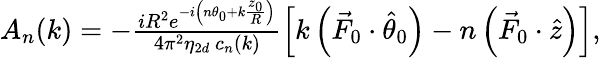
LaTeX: \begin{array}{r}{A_{n}(k)=-\frac{iR^{2}e^{-i\left(n\theta_{0}+k\frac{z_{0}}{R}\right)}}{4\pi^{2}\eta_{2d}~c_{n}(k)}\left[k\left(\vec{F}_{0}\cdot\hat{\theta}_{0}\right)-n\left(\vec{F}_{0}\cdot\hat{z}\right)\right],}\end{array}